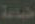
ضدعة